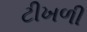
ટીખળી